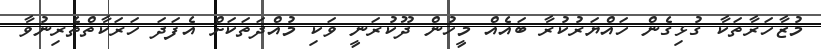
މުޒާހަރާތަކާ ގުޅިގެން ހައްޔަރުކުރާ ބައެއް މީހުން ދޫކުރަނީ ވަކި މުއްދަތަކަށް އެފަދަ ހަރަކާތްތެރިނުވާ